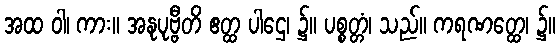
အထ ဝါ၊ ကား။ အနုပုဗ္ဗီတိ ဧတ္ထ ပါဌေ၊ ၌။ ပစ္စတ္တံ၊ သည်။ ကရဏတ္ထေ၊ ၌။